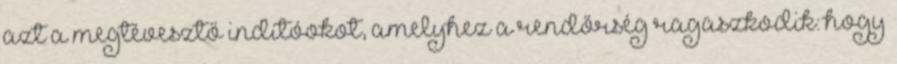
azt a megtévesztő indítóokot, amelyhez a rendőrség ragaszkodik: hogy